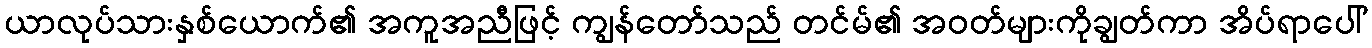
ယာလုပ်သားနှစ်ယောက်၏ အကူအညီဖြင့် ကျွန်တော်သည် တင်မ်၏ အဝတ်များကိုချွတ်ကာ အိပ်ရာပေါ်